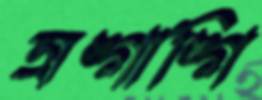
অঙ্গাঙ্গি